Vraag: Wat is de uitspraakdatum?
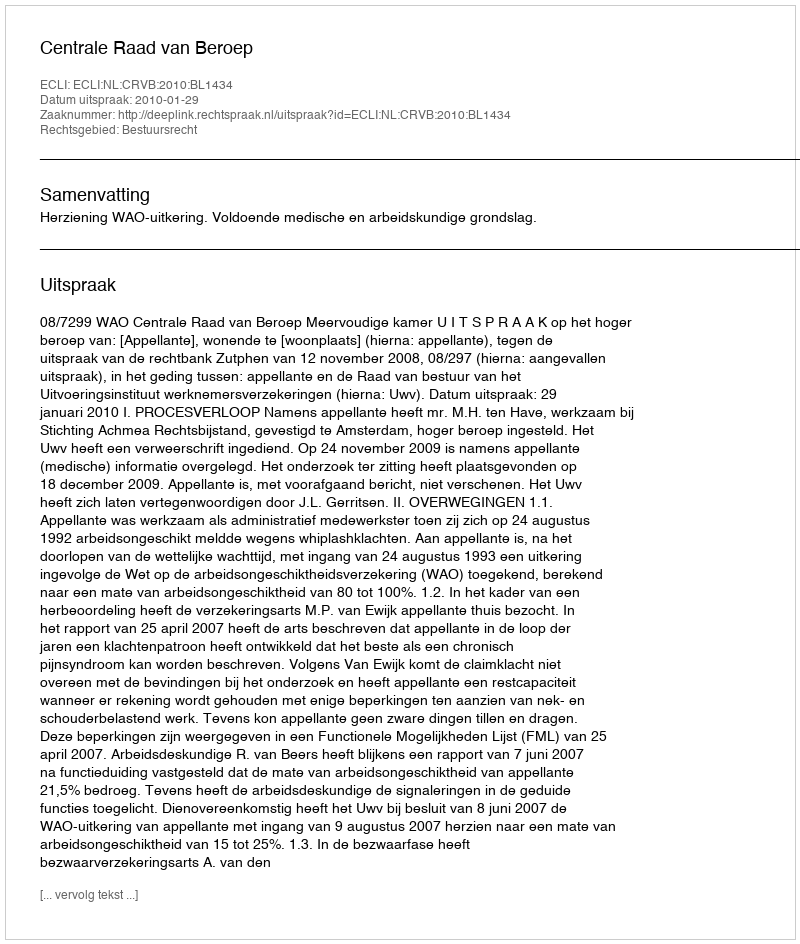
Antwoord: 2010-01-29